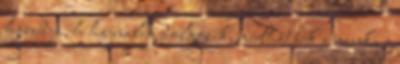
hazudja, h hajnalig dolgozik, merthát sok a munka :